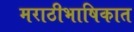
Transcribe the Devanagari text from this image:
मराठीभाषिकात